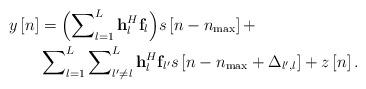
LaTeX: \begin{align*} \begin{aligned} y\left[ n \right] & = \Big( {\sum\nolimits_{l = 1}^L {{\bf{h}}_l^H{{\bf{f}}_l}} } \Big)s\left[ {n - {n_{\max }}} \right] + \\ &\sum\nolimits_{l = 1}^L {\sum\nolimits_{l' \ne l}^L {{\bf{h}}_l^H{{\bf{f}}_{l'}}s\left[ {n - {n_{\max }} + {\Delta _{l',l}}} \right]} } + z\left[ n \right]. \end{aligned} \end{align*}